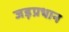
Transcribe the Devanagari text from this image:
जड़प्रधान